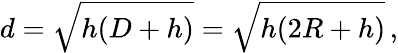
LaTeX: d={\sqrt{h(D+h)}}={\sqrt{h(2R+h)}}\, ,